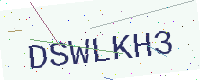
Text: DSWLKH3